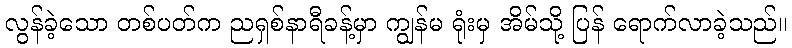
လွန်ခဲ့သော တစ်ပတ်က ညရှစ်နာရီခန့်မှာ ကျွန်မ ရုံးမှ အိမ်သို့ ပြန် ရောက်လာခဲ့သည်။